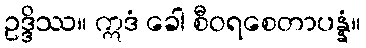
ဥဒ္ဒိဿ။ ဣဒံ ခေါ စီဝရစေတာပန္နံ။